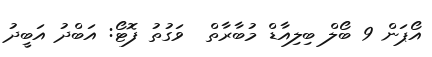
އޯޕަން 9 ބޯލް ބިލިއާޑް މުބާރާތް  ވަގުތު ފޮޓޯ: އަބްދު އަބީދު